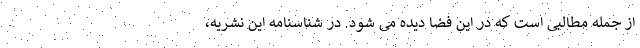
از جمله مطالبی است که در این فضا دیده می شود. در شناسنامه این نشریه،